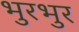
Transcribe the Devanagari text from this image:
भुरभुर